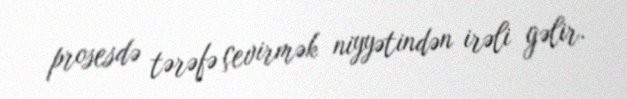
prosesdə tərəfə çevirmək niyyətindən irəli gəlir.